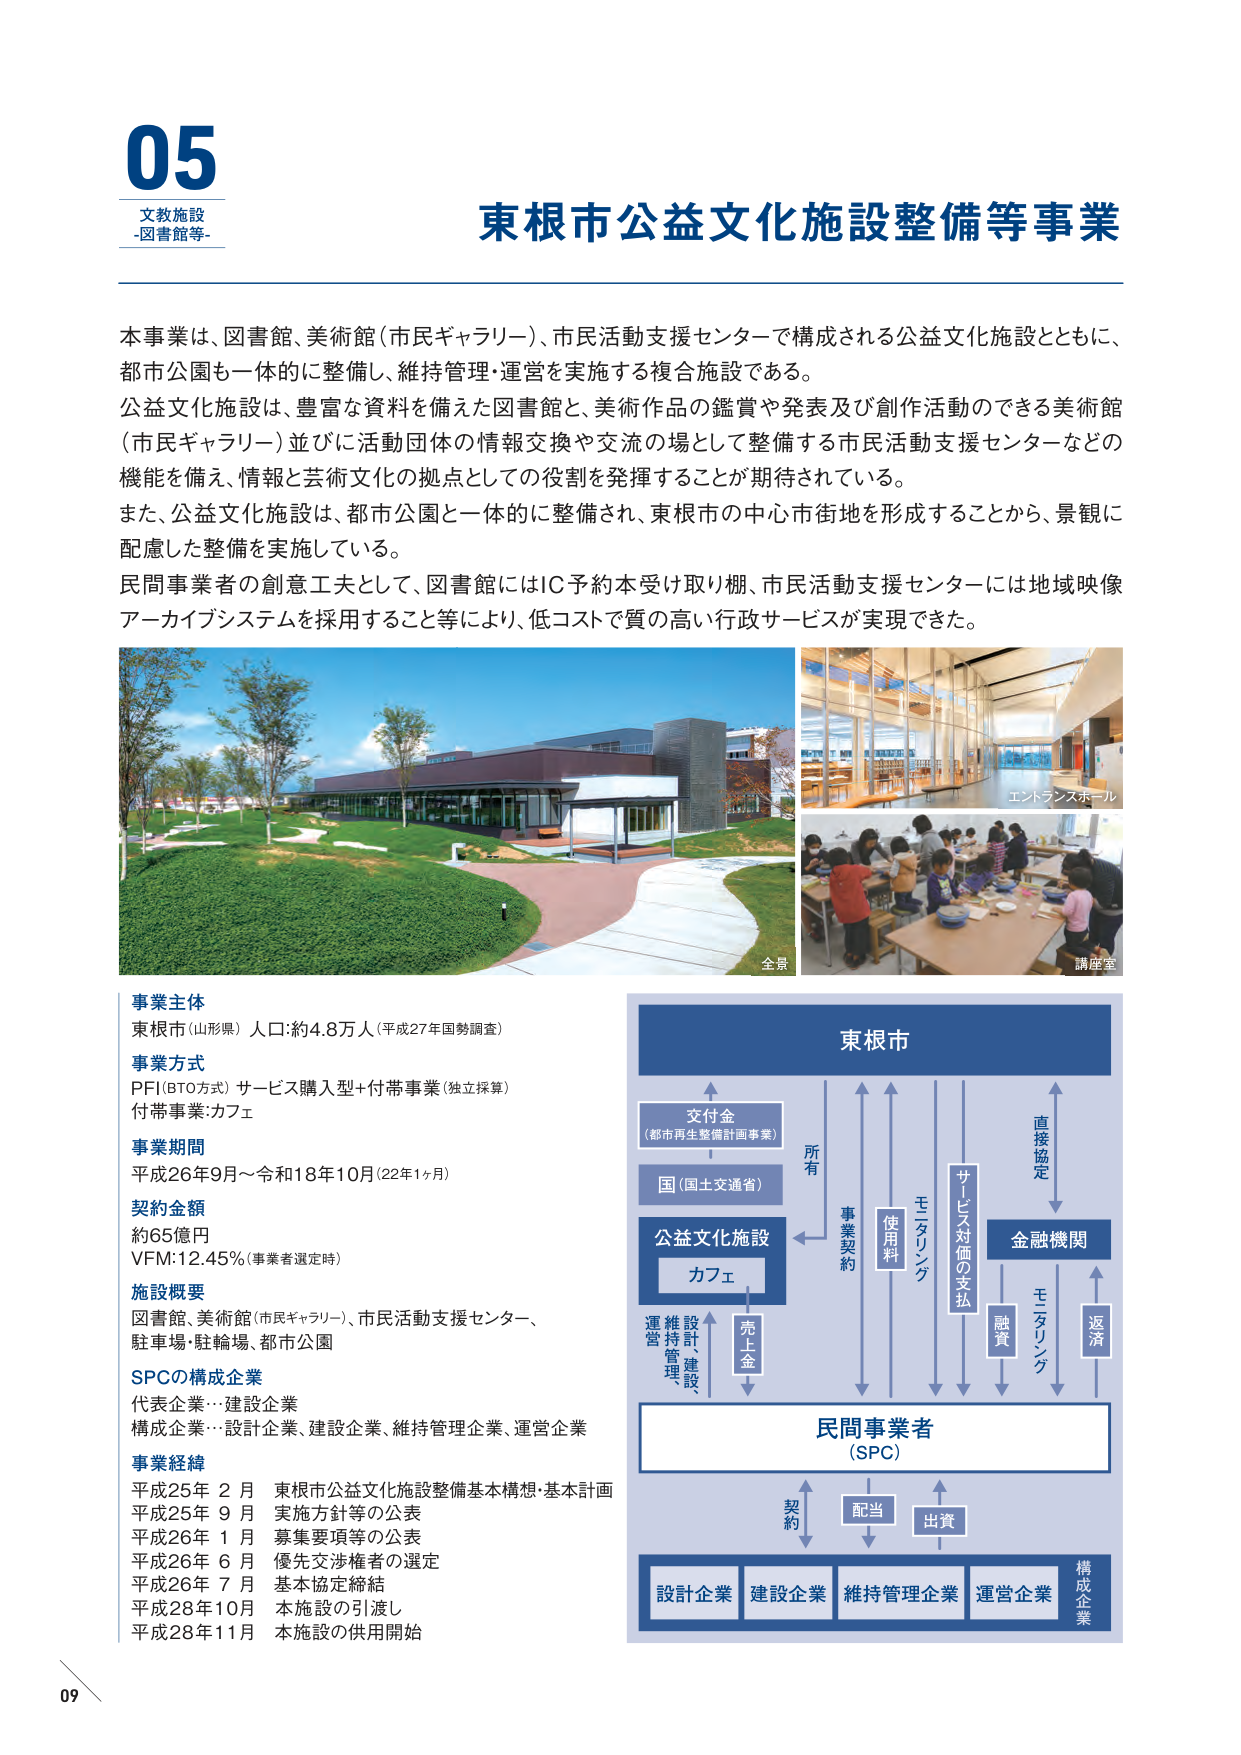
05
文教施設
-図書館等-

東根市公益文化施設整備等事業

本事業は、図書館、美術館（市民ギャラリー）、市民活動支援センターで構成される公益文化施設とともに、
都市公園も一体的に整備し、維持管理・運営を実施する複合施設である。
公益文化施設は、豊富な資料を備えた図書館と、美術作品の鑑賞や発表及び創作活動のできる美術館
（市民ギャラリー）並びに活動団体の情報交換や交流の場として整備する市民活動支援センターなどの
機能を備え、情報と芸術文化の拠点としての役割を発揮することが期待されている。
また、公益文化施設は、都市公園と一体的に整備され、東根市の中心市街地を形成することから、景観に
配慮した整備を実施している。
民間事業者の創意工夫として、図書館にはIC予約本受け取り棚、市民活動支援センターには地域映像
アーカイブシステムを採用すること等により、低コストで質の高い行政サービスが実現できた。

全景
エントランスホール
講座室

事業主体
東根市（山形県） 人口：約4.8万人（平成27年国勢調査）

事業方式
PFI（BTO方式） サービス購入型＋付帯事業（独立採算）
付帯事業：カフェ

事業期間
平成26年9月～令和18年10月（22年1ヶ月）

契約金額
約65億円
VFM：12.45%（事業者選定時）

施設概要
図書館、美術館（市民ギャラリー）、市民活動支援センター、
駐車場・駐輪場、都市公園

SPCの構成企業
代表企業…建設企業
構成企業…設計企業、建設企業、維持管理企業、運営企業

事業経緯
平成25年 2月 東根市公益文化施設整備基本構想・基本計画
平成25年 9月 実施方針等の公表
平成26年 1月 募集要項等の公表
平成26年 6月 優先交渉権者の選定
平成26年 7月 基本協定締結
平成28年10月 本施設の引渡し
平成28年11月 本施設の供用開始

東根市
交付金
（都市再生整備計画事業）
国（国土交通省）
公益文化施設
カフェ
設計、
建設、
維持管理、
運営
売上金
所有
事業契約
使用料
モニタリング
サービス対価の支払
金融機関
融資
モニタリング
返済
直接協定
民間事業者
（SPC）
契約
配当
出資
設計企業 建設企業 維持管理企業 運営企業 構成企業

09